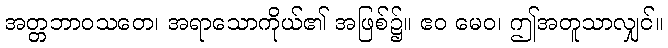
အတ္တဘာဝသတေ၊ အရာသောကိုယ်၏ အဖြစ်၌။ ဧဝ မေဝ၊ ဤအတူသာလျှင်။